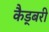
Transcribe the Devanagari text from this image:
कैड्बरी